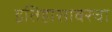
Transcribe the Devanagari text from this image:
इतिहासावरचा